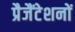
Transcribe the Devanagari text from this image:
प्रैजैंटेशनों